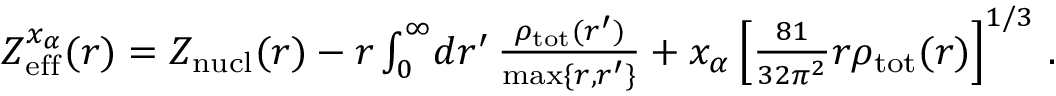
\begin{array} { r } { Z _ { \mathrm { e f f } } ^ { x _ { \alpha } } ( r ) = Z _ { \mathrm { n u c l } } ( r ) - r \int _ { 0 } ^ { \infty } \! d r ^ { \prime } \, \frac { \rho _ { \mathrm { t o t } } ( r ^ { \prime } ) } { \mathrm { m a x } \{ r , r ^ { \prime } \} } + x _ { \alpha } \left[ \frac { 8 1 } { 3 2 \pi ^ { 2 } } r \rho _ { \mathrm { t o t } } ( r ) \right] ^ { 1 / 3 } \, . } \end{array}